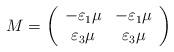
LaTeX: \begin{align*}M=\left( \begin{array}{cc}-\varepsilon_1\mu &-\varepsilon_1\mu\\\varepsilon_3\mu &\varepsilon_{3}\mu\end{array}\right) \end{align*}